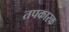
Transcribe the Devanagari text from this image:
तपकारक